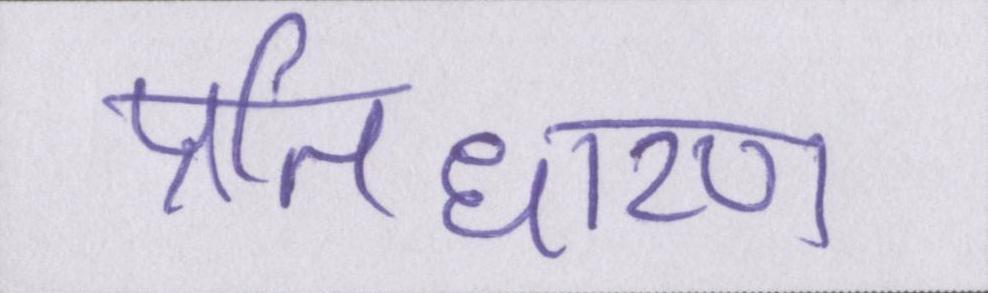
प्रतिधारण